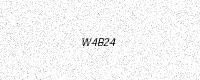
Text: W4B24